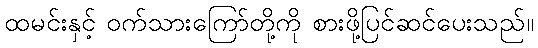
ထမင်းနှင့် ဝက်သားကြော်တို့ကို စားဖို့ပြင်ဆင်ပေးသည်။